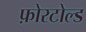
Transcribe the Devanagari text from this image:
फ़ोरटोल्ड